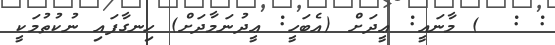
: :  ) މާނައީ: ޢީދަށް (އެބަހީ: ޢީދުނަމާދަށް) ހިނގާފައި ނުކުތުމަކީ